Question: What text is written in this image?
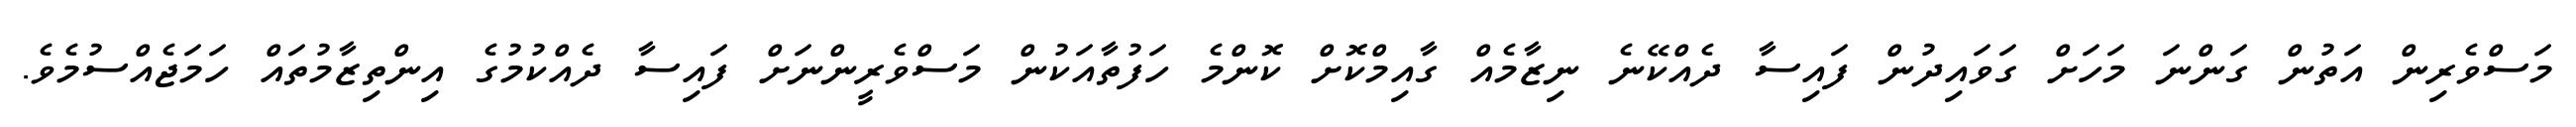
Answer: މަސްވެރިން އަތުން ގަންނަ މަހަށް ގަވައިދުން ފައިސާ ދެއްކޭނެ ނިޒާމެއް ގާއިމްކޮށް ކޮންމެ ހަފުތާއަކުން މަސްވެރީންނަށް ފައިސާ ދެއްކުމުގެ އިންތިޒާމުތައް ހަމަޖެއްސުމެވެ.